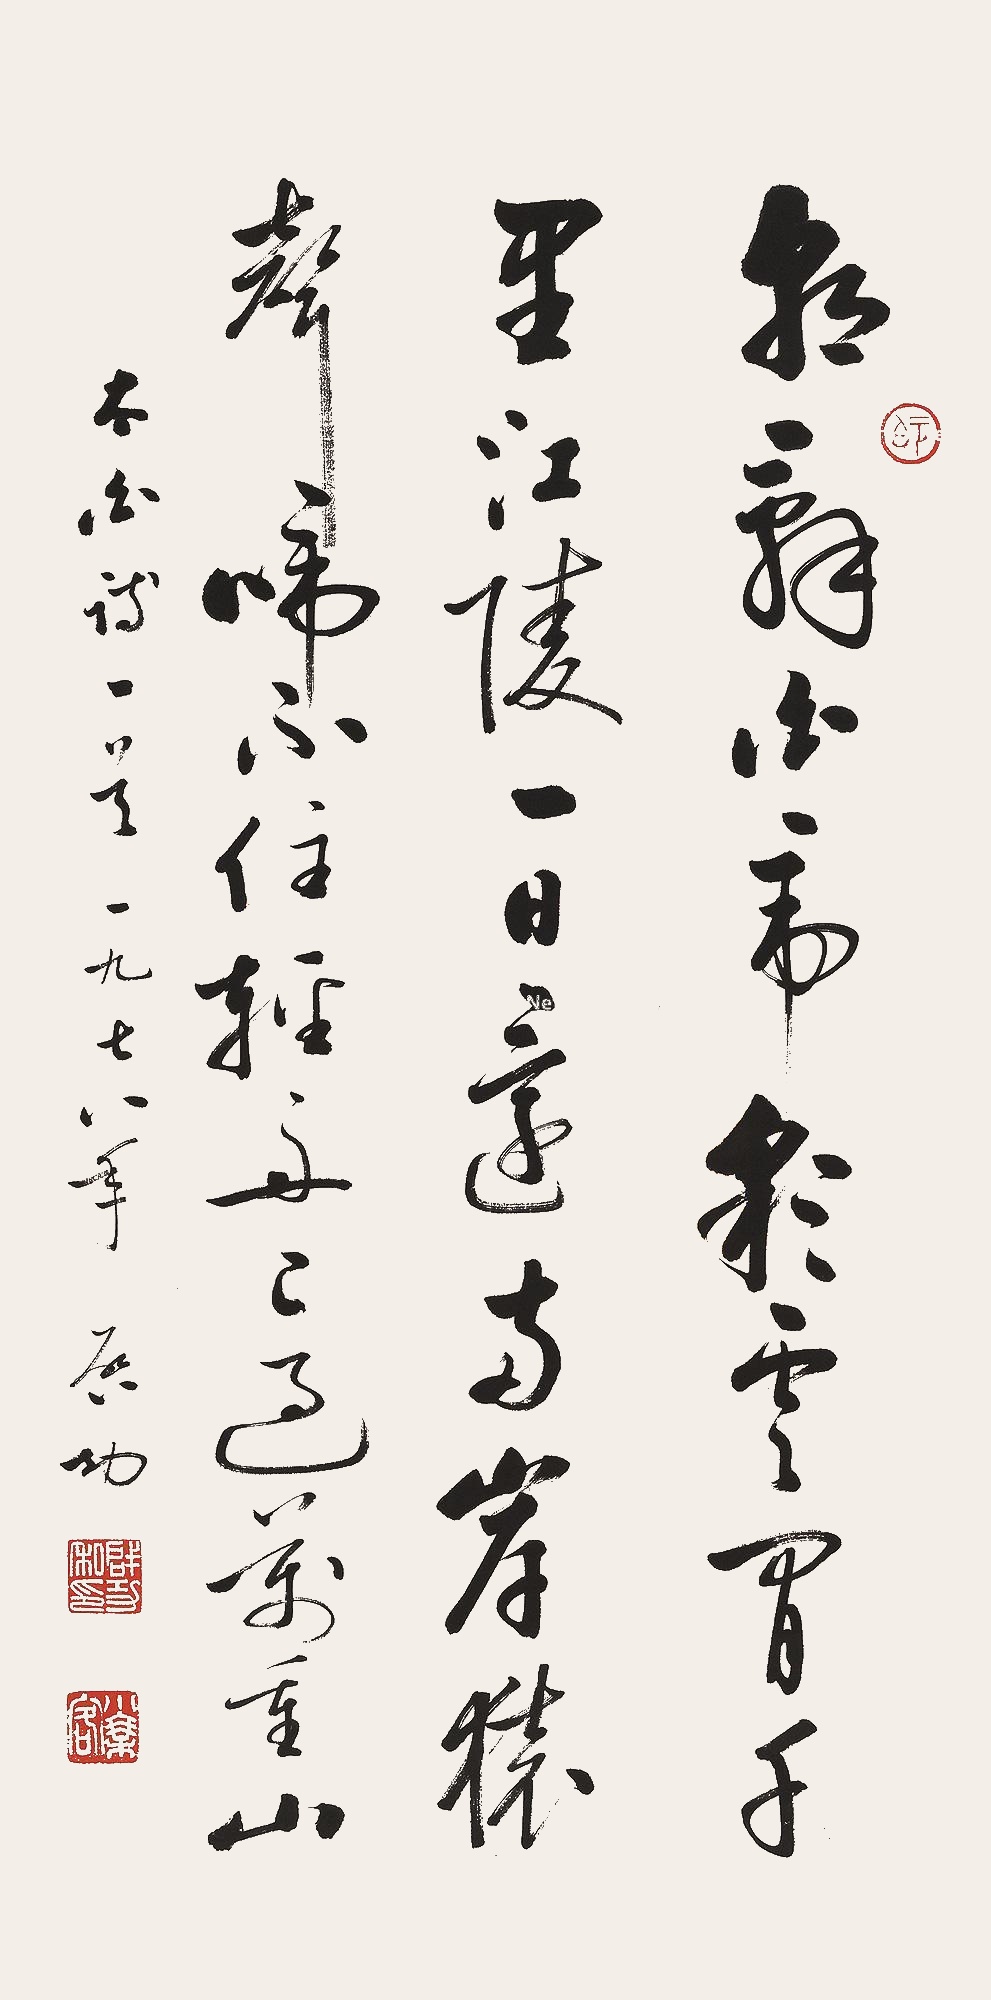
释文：朝辞白帝彩云间，千里江陵一日还。两岸猿声啼不住，轻舟已过万重山。太白诗一首，一九七八年，启功。